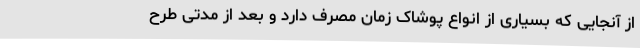
از آنجایی که بسیاری از انواع پوشاک زمان مصرف دارد و بعد از مدتی طرح